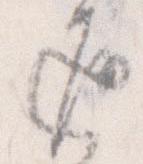
返